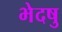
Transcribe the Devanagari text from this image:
भेदषु